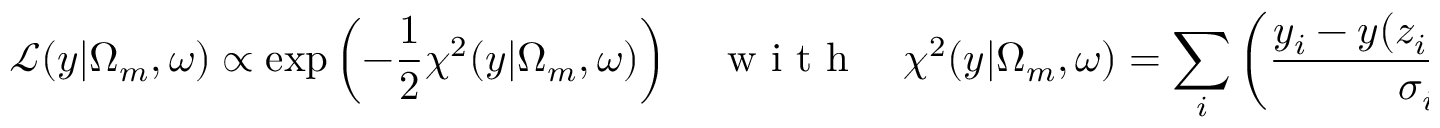
\mathcal { L } ( y | \Omega _ { m } , \omega ) \propto \exp \left( - \frac { 1 } { 2 } \chi ^ { 2 } ( y | \Omega _ { m } , \omega ) \right) \quad \mathrm { ~ w ~ i ~ t ~ h ~ } \quad \chi ^ { 2 } ( y | \Omega _ { m } , \omega ) = \sum _ { i } \left( \frac { y _ { i } - y ( z _ { i } | \Omega _ { m } , \omega ) } { \sigma _ { i } } \right) ^ { 2 } .